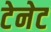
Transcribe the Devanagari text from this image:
टेनेट